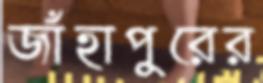
জাঁহাপুরের